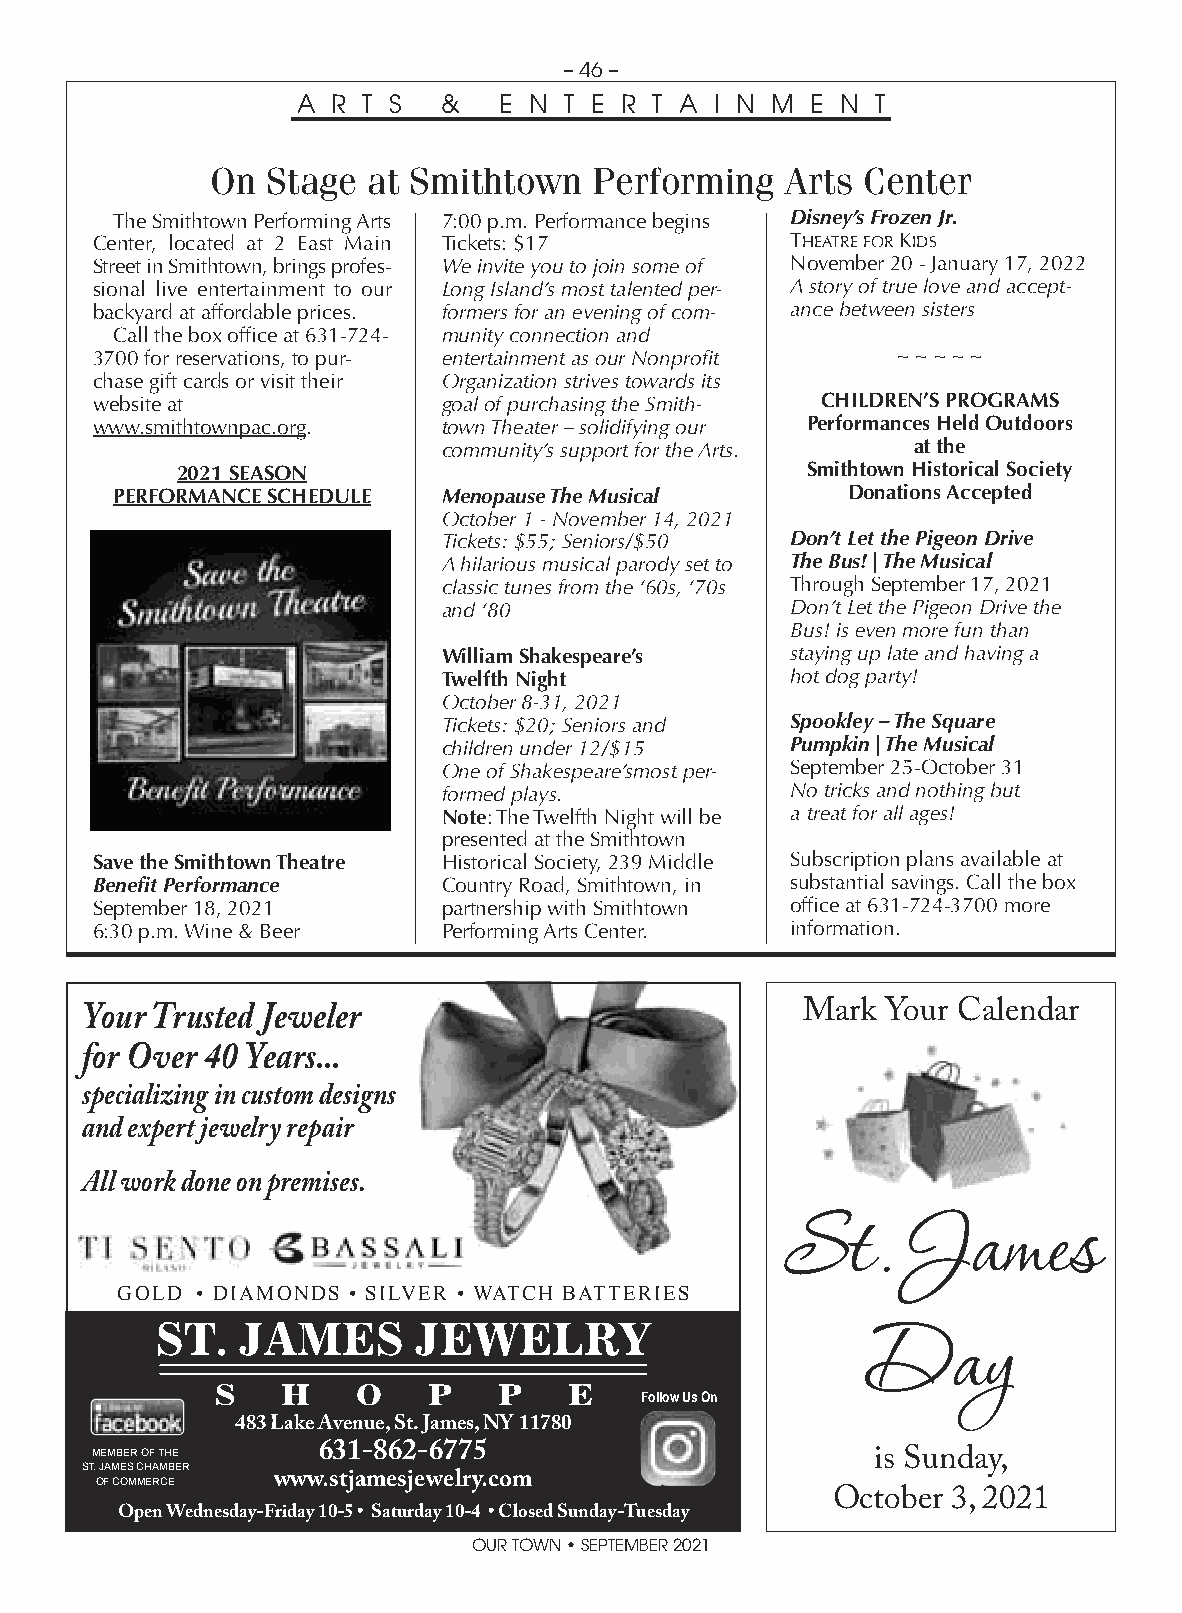
– 46 –
 A R T S  &   E N T E R T A I N M  E N T
 On  Stage at Smithtown   Performing   Arts Center
 The Smithtown Performing Arts 7:00 p.m. Performance begins Disney’s Frozen Jr.
 Center, located at 2 East Main Tickets: $17   THEATRE FOR KIDS
 Street in Smithtown, brings profes- We invite you to join some of November 20 - January 17, 2022
 sional live entertainment to our Long Island’s most talented per- A story of true love and accept-
 backyard at affordable prices. formers for an evening of com- ance between sisters
 Call the box office at 631-724- munity connection and
 3700 for reservations, to pur- entertainment as our Nonprofit ~ ~ ~ ~ ~
 chase gift cards or visit their Organization strives towards its
 website at             goal of purchasing the Smith- CHILDREN’S PROGRAMS
 www.smithtownpac.org.  town Theater – solidifying our Performances Held Outdoors
 community’s support for the Arts. at the
 2021 SEASON                              Smithtown Historical Society
 PERFORMANCE SCHEDULE  Menopause The Musical      Donations Accepted
 October 1 - November 14, 2021
 Tickets: $55; Seniors/$50 Don’t Let the Pigeon Drive
 A hilarious musical parody set to The Bus! | The Musical
 classic tunes from the ‘60s, ‘70s Through September 17, 2021
 and ‘80                Don’t Let the Pigeon Drive the
 Bus! is even more fun than
 William Shakespeare’s  staying up late and having a
 Twelfth Night          hot dog party!
 October 8-31, 2021
 Tickets: $20; Seniors and Spookley – The Square
 children under 12/$15  Pumpkin | The Musical
 One of Shakespeare’smost per- September 25-October 31
 formed plays.          No tricks and nothing but
 Note: The Twelfth Night will be a treat for all ages!
 presented at the Smithtown
 Save the Smithtown Theatre Historical Society, 239 Middle Subscription plans available at
 Benefit Performance    Country Road, Smithtown, in substantial savings. Call the box
 September 18, 2021     partnership with Smithtown office at 631-724-3700 more
 6:30 p.m. Wine & Beer  Performing Arts Center. information.
 Your Trusted Jeweler                            Mark  Your Calendar
 for Over 40 Years...
 specializing in custom designs
 and expert jewelry repair
 All work done on premises.
 St.     James
 GOLD • DIAMONDS • SILVER • WATCH BATTERIES
 ST.   JAMES      JEWELRY
 Day
 S    H    O   P    P    E
 Follow Us On
 483 Lake Avenue, St. James, NY 11780
 631-862-6775
 MEMBER OF THE                                       is Sunday,
 ST. JAMES CHAMBER www.stjamesjewelry.com
 OF COMMERCE
 October 3, 2021
 Open Wednesday-Friday 10-5 • Saturday 10-4 • Closed Sunday-Tuesday
 OUR TOWN • SEPTEMBER 2021